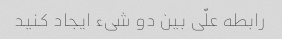
رابطه علّی بین دو شیء ایجاد کنید